Report of the Bombay Plague Committee
Disease focus: Plague
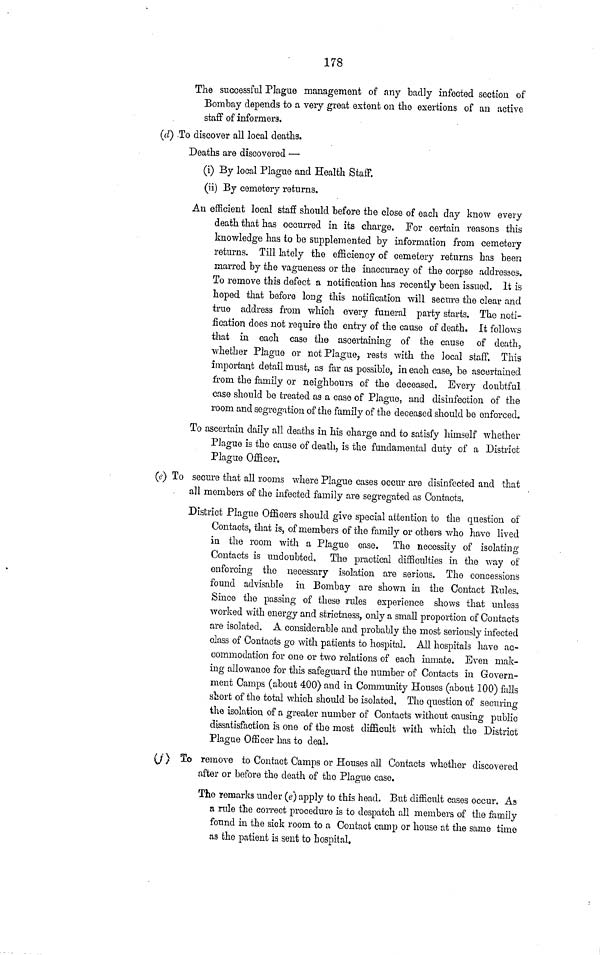
178
The successful Plague management of any badly infected section of
Bombay depends to a very great extent on the exertions of an active
staff of informers.
(d) To discover all local deaths.
Deaths are discovered —
(i) By local Plague and Health Staff,
(ii) By cemetery returns.
An efficient local staff should before the close of each day know every
death that has occurred in its charge. For certain reasons this
knowledge has to be supplemented by information from cemetery
returns. Till lately the efficiency of cemetery returns has been
marred by the vagueness or the inaccuracy of the corpse addresses.
To remove this defect a notification has recently been issued. It is
hoped that before long this notification will secure the clear and
true address from which every funeral party starts. The noti-
fication does not require the entry of the cause of death. It follows
that in each case the ascertaining of the cause of death,
whether Plague or not Plague, rests with the local staff. This
important detail must, as far as possible, in each case, be ascertained
from the family or neighbours of the deceased. Every doubtful
case should be treated as a case of Plague, and disinfection of the
room and segregation of the family of the deceased should be enforced.
To ascertain daily all deaths in his charge and to satisfy himself whether
Plague is the cause of death, is the fundamental duty of a District
Plague Officer.
((?) To secure that all rooms where Plague cases occur are disinfected and that
all members of the infected family are segregated as Contacts.
District Plague Officers should give special attention to the question of
Contacts, that is, of members of the family or others who have lived
in the room with a Plague case. The necessity of isolating
Contacts is undoubted. The practical difficulties in the way of
enforcing the necessary isolation are serious. The concessions
found advisable in Bombay are shown in the Contact Rules.
Since the passing of these rules experience shows that unless
worked with energy and strictness, only a small proportion of Contacts
are isolated. A considerable and probably the most seriously infected
class of Contacts go with patients to hospital. All hospitals have ac-
commodation for one or two relations of each inmate. Even mak-
ing allowance for this safeguard the number of Contacts in Govern-
ment Camps (about 400) and in Community Houses (about 100) falls
short of the total which should be isolated. The question of securing
the isolation of a greater number of Contacts without causing public
dissatisfaction is one of the most difficult with which the District
Plague Officer has to deal.
To remove to Contact Camps or Houses all Contacts whether discovered
after or before the death of the Plague case.
The remarks under (i) apply to this head. But difficult cases occur. As
a rule the correct procedure is to despatch all members of the family
found in the sick room to a Contact camp or house at the same time
as the patient is sent to hospital.